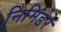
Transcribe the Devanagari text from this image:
निमिडेरे